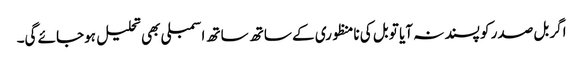
اگر بل صدر کو پسند نہ آیا تو بل کی نامنظوری کے ساتھ ساتھ اسمبلی بھی تحلیل ہوجائے گی۔